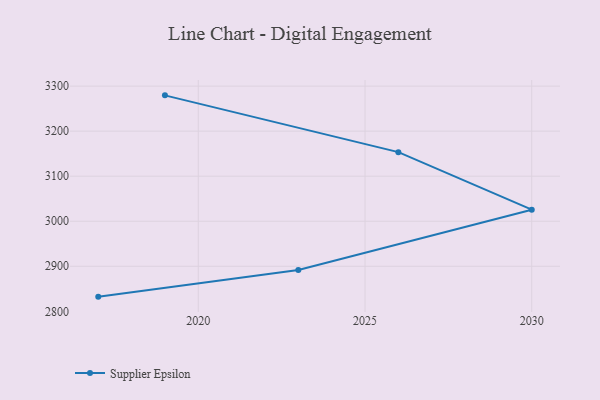
{"axis": {"x": "Year", "y": "Energy Usage (MWh)"}, "legend": ["Supplier Epsilon"], "data": [{"x": "2017", "y": 2832.6, "type": "Supplier Epsilon"}, {"x": "2023", "y": 2891.8, "type": "Supplier Epsilon"}, {"x": "2030", "y": 3025.7, "type": "Supplier Epsilon"}, {"x": "2026", "y": 3153.4, "type": "Supplier Epsilon"}, {"x": "2019", "y": 3279.5, "type": "Supplier Epsilon"}]}